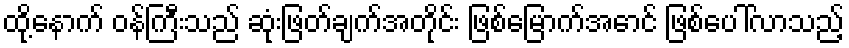
ထို့နောက် ဝန်ကြီးသည် ဆုံးဖြတ်ချက်အတိုင်း ဖြစ်မြောက်အောင် ဖြစ်ပေါ်လာသည့်